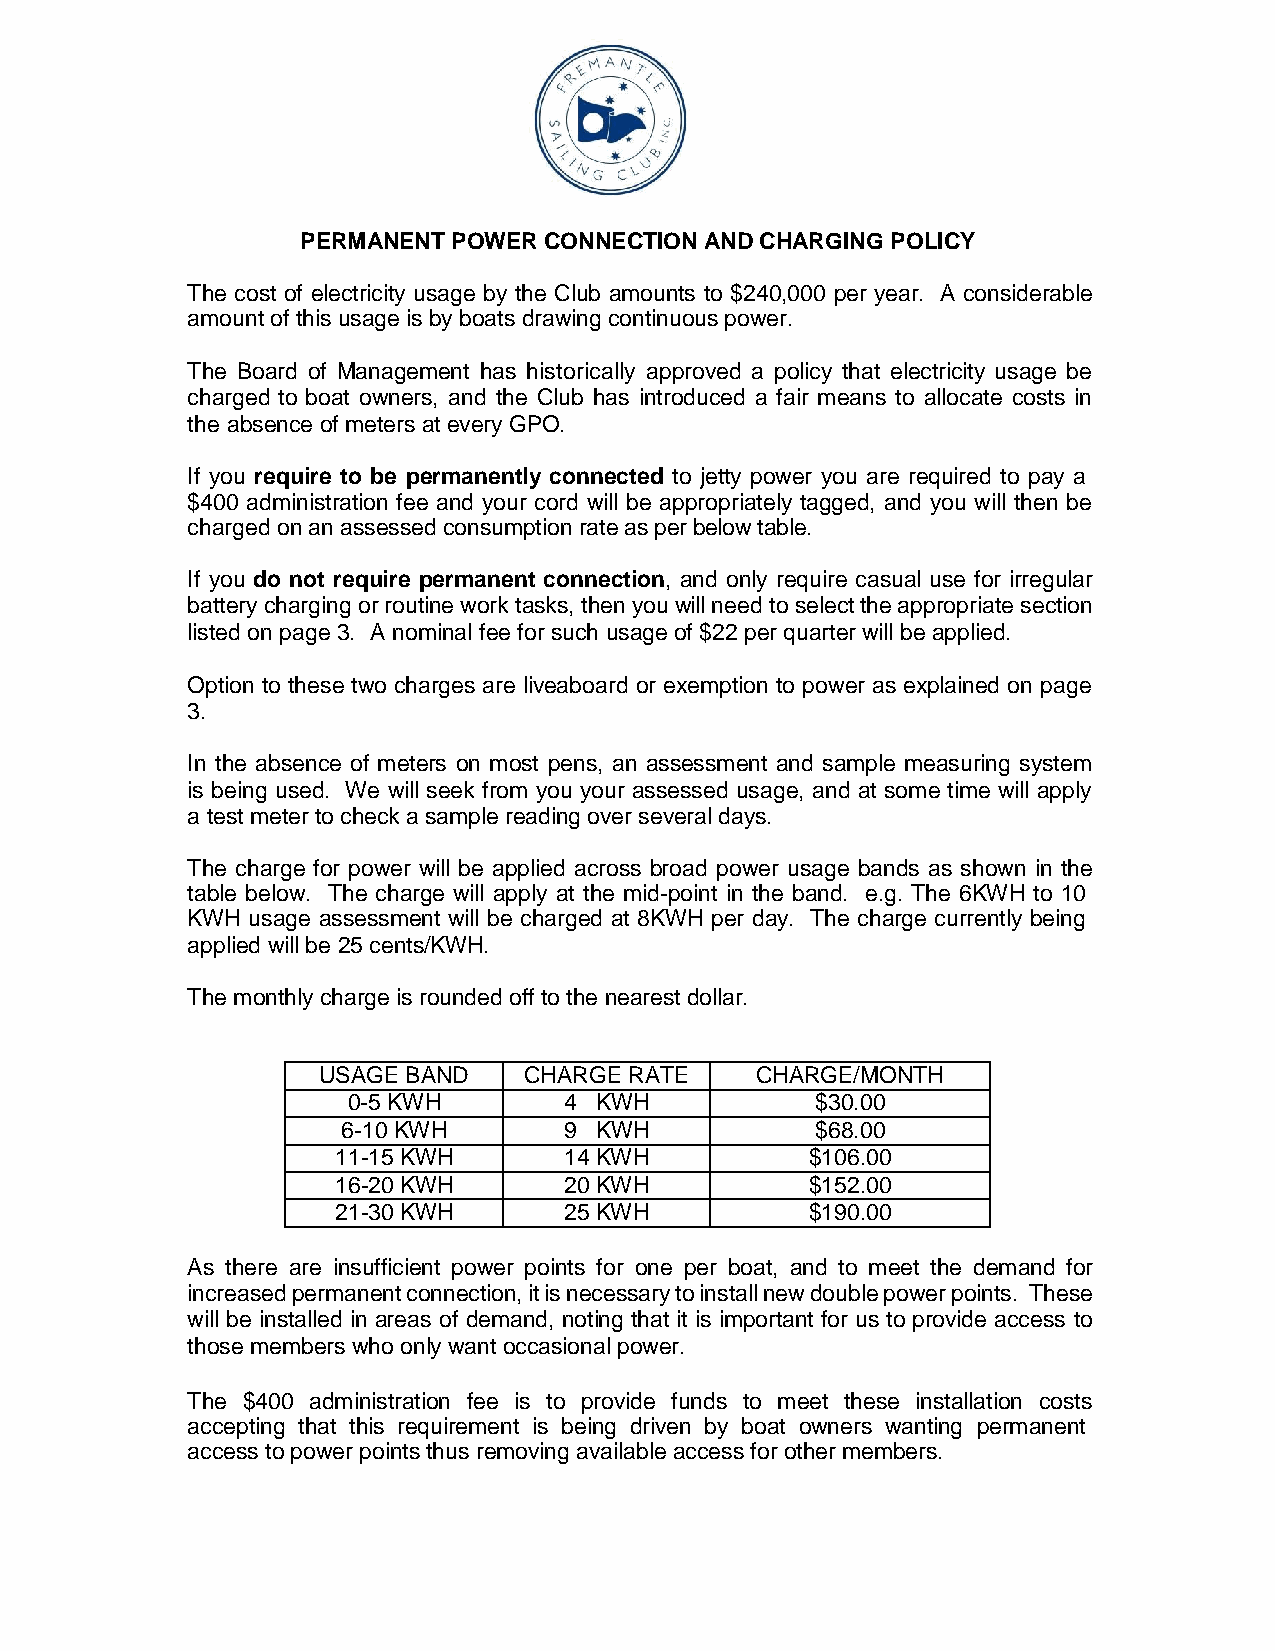
PERMANENT POWER CONNECTION AND CHARGING POLICY
 The cost of electricity usage by the Club amounts to $240,000 per year. A considerable
 amount of this usage is by boats drawing continuous power.
 The Board of Management has historically approved a policy that electricity usage be
 charged to boat owners, and the Club has introduced a fair means to allocate costs in
 the absence of meters at every GPO.
 If you require to be permanently connected to jetty power you are required to pay a
 $400 administration fee and your cord will be appropriately tagged, and you will then be
 charged on an assessed consumption rate as per below table.
 If you do not require permanent connection, and only require casual use for irregular
 battery charging or routine work tasks, then you will need to select the appropriate section
 listed on page 3. A nominal fee for such usage of $22 per quarter will be applied.
 Option to these two charges are liveaboard or exemption to power as explained on page
 3.
 In the absence of meters on most pens, an assessment and sample measuring system
 is being used. We will seek from you your assessed usage, and at some time will apply
 a test meter to check a sample reading over several days.
 The charge for power will be applied across broad power usage bands as shown in the
 table below. The charge will apply at the mid-point in the band. e.g. The 6KWH to 10
 KWH usage assessment will be charged at 8KWH per day. The charge currently being
 applied will be 25 cents/KWH.
 The monthly charge is rounded off to the nearest dollar.
 USAGE BAND    CHARGE RATE    CHARGE/MONTH
 0-5 KWH       4 KWH            $30.00
 6-10 KWH      9 KWH            $68.00
 11-15 KWH      14 KWH           $106.00
 16-20 KWH      20 KWH           $152.00
 21-30 KWH      25 KWH           $190.00
 As there are insufficient power points for one per boat, and to meet the demand for
 increased permanent connection, it is necessary to install new double power points. These
 will be installed in areas of demand, noting that it is important for us to provide access to
 those members who only want occasional power.
 The $400 administration fee is to provide funds to meet these installation costs
 accepting that this requirement is being driven by boat owners wanting permanent
 access to power points thus removing available access for other members.